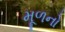
મૂળનો